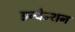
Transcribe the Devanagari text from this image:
इन्वेन्शन